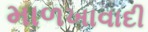
માળખાવાદી